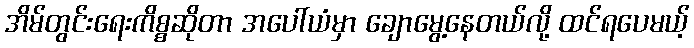
အိမ်တွင်းရေးကိစ္စဆိုတာ အပေါ်ယံမှာ ချောမွေ့နေတယ်လို့ ထင်ရပေမယ့်